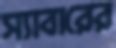
স্যাবারের